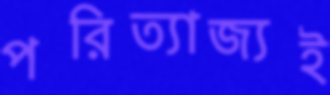
পরিত্যাজ্যই